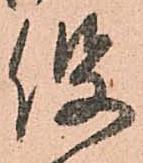
役